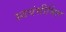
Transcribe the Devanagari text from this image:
स्वयंसीमित